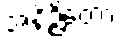
အနိဉ္ဇိတော